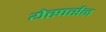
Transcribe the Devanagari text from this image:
येस्पर्सन